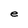
Character: e